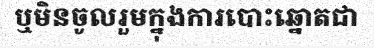
ឬមិនចូលរួមក្នុងការបោះឆ្នោតជា